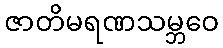
ဇာတိမရဏသမ္ဘဝေ